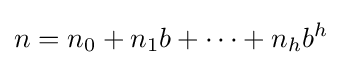
n=n_{0}+n_{1}b+\cdots +n_{h}b^{h}